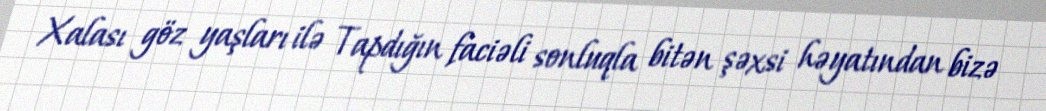
Xalası göz yaşları ilə Tapdığın faciəli sonluqla bitən şəxsi həyatından bizə